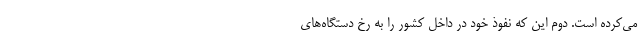
می‌کرده است. دوم این که نفوذ خود در داخل کشور را به رخ دستگاه‌های